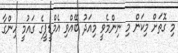
މި ގޮތަށް މިކަން މި ނިންމެވީ މިއަދު ބޭއްވި އެމްޑީޕީގެ ގައުމީ ހިންގާ